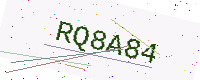
Text: RQ8A84